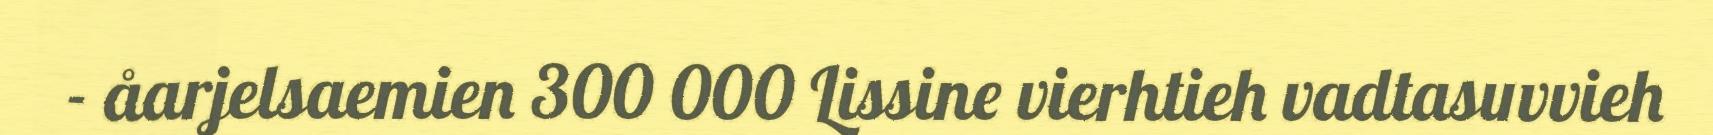
- åarjelsaemien 300 000 Lissine vierhtieh vadtasuvvieh